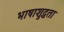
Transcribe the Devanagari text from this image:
भाषाशुद्धता